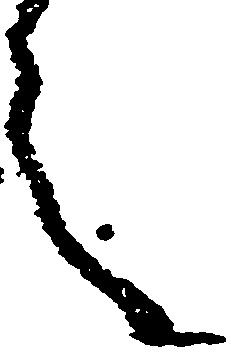
言